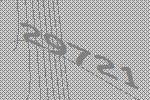
29721